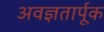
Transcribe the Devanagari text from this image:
अवज्ञतार्पूक